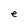
Character: e